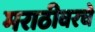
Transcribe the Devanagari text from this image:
मराठीवरचे